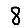
Digit: 8